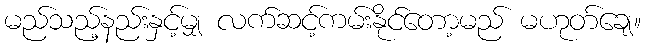
မည်သည့်နည်းနှင့်မျှ လက်ဆင့်ကမ်းနိုင်တော့မည် မဟုတ်ချေ။